Senior Leaving Certificate Examination (including Day School Certificate (Higher) General paper), 1949
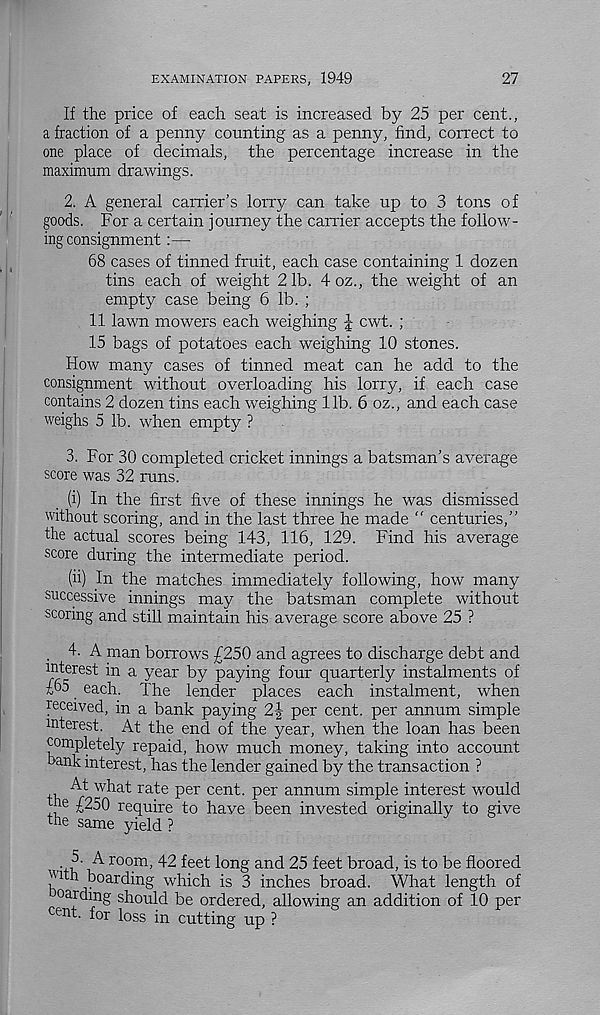
EXAMINATION PAPERS, 1949
27
If the price of each seat is increased by 25 per cent.,
a fraction of a penny counting as a penny, find, correct to
one place of decimals, the percentage increase in the
maximum drawings.
2. A general carrier’s lorry can take up to 3 tons of
goods. For a certain journey the carrier accepts the follow-
ing consignment : —
68 cases of tinned fruit, each case containing 1 dozen
tins each of weight 21b. 4oz., the weight of an
empty case being 6 lb. ;
11 lawn mowers each weighing J cwt. ;
15 bags of potatoes each weighing 10 stones.
How many cases of tinned meat can he add to the
consignment without overloading his lorry, if each case
contains 2 dozen tins each weighing 11b. 6 oz., and each case
weighs 5 lb. when empty ?
3. For 30 completed cricket innings a batsman’s average
score was 32 runs.
(i) In the first five of these innings he was dismissed
without scoring, and in the last three he made “ centuries,”
the actual scores being 143, 116, 129. Find his average
score during the intermediate period.
(ii) In the matches immediately following, how many
successive innings may the batsman complete without
scoring and still maintain his average score above 25 ?
. 4. A man borrows £250 and agrees to discharge debt and
interest in a year by paying four quarterly instalments of
£65 each. The lender places each instalment, when
received, in a bank paying 2f per cent, per annum simple
interest. At the end of the year, when the loan has been
completely repaid, how much money, taking into account
hank interest, has the lender gained by the transaction ?
, At what rate per cent, per annum simple interest would
he £250 require to have been invested originally to give
the same yield ?
.A A room, 42 feet long and 25 feet broad, is to be floored
l ^ boarding which is 3 inches broad. What length of
oarding should be ordered, allowing an addition of 10 per
cent, for loss in cutting up ?